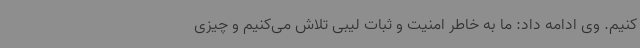
‌کنیم. وی ادامه داد: ما به خاطر امنیت و ثبات لیبی تلاش می‌کنیم و چیزی